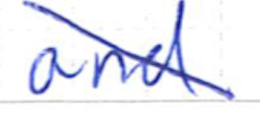
Text: and
Cross-out: diagonal
Writing tool: ballpoint